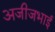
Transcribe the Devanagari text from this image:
अजीजभाई